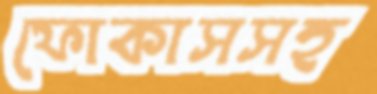
ফোকাসসহ